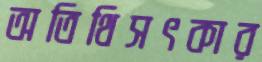
অতিথিসৎকার